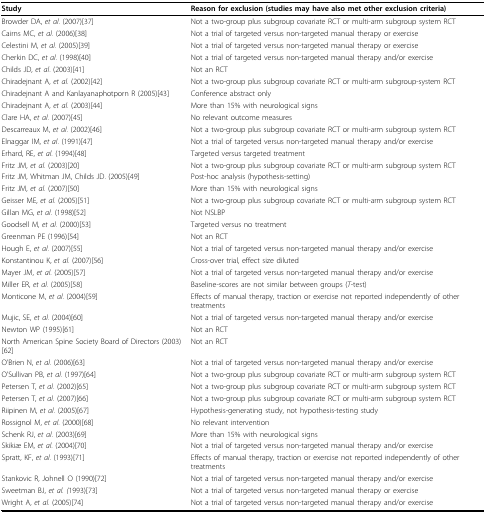
<table><thead><tr><td><b>Study</b></td><td><b>Reason for exclusion (studies may have also met other exclusion criteria)</b></td></tr></thead><tbody><tr><td>Browder DA, <i>et al</i>. (2007)[37]</td><td>Not a two-group plus subgroup covariate RCT or multi-arm subgroup system RCT</td></tr><tr><td>Cairns MC, <i>et al</i>. (2006)[38]</td><td>Not a trial of targeted versus non-targeted manual therapy or exercise</td></tr><tr><td>Celestini M, <i>et al</i>. (2005)[39]</td><td>Not a trial of targeted versus non-targeted manual therapy or exercise</td></tr><tr><td>Cherkin DC, <i>et al</i>. (1998)[40]</td><td>Not a trial of targeted versus non-targeted manual therapy and/or exercise</td></tr><tr><td>Childs JD, <i>et al</i>. (2003)[41]</td><td>Not an RCT</td></tr><tr><td>Chiradejnant A, <i>et al</i>. (2002)[42]</td><td>Not a two-group plus subgroup covariate RCT or multi-arm subgroup-system RCT</td></tr><tr><td>Chiradejnant A and Kanlayanaphotporn R (2005)[43]</td><td>Conference abstract only</td></tr><tr><td>Chiradejnant A, <i>et al</i>. (2003)[44]</td><td>More than 15% with neurological signs</td></tr><tr><td>Clare HA, <i>et al</i>. (2007)[45]</td><td>No relevant outcome measures</td></tr><tr><td>Descarreaux M, <i>et al</i>. (2002)[46]</td><td>Not a two-group plus subgroup covariate RCT or multi-arm subgroup system RCT</td></tr><tr><td>Elnaggar IM, <i>et al</i>. (1991)[47]</td><td>Not a trial of targeted versus non-targeted manual therapy and/or exercise</td></tr><tr><td>Erhard, RE, <i>et al</i>. (1994)[48]</td><td>Targeted versus targeted treatment</td></tr><tr><td>Fritz JM, <i>et al</i>. (2003)[20]</td><td>Not a two-group plus subgroup covariate RCT or multi-arm subgroup system RCT</td></tr><tr><td>Fritz JM, Whitman JM, Childs JD. (2005)[49]</td><td>Post-hoc analysis (hypothesis-setting)</td></tr><tr><td>Fritz JM, <i>et al</i>. (2007)[50]</td><td>More than 15% with neurological signs</td></tr><tr><td>Geisser ME, <i>et al</i>. (2005)[51]</td><td>Not a two-group plus subgroup covariate RCT or multi-arm subgroup system RCT</td></tr><tr><td>Gillan MG, <i>et al</i>. (1998)[52]</td><td>Not NSLBP</td></tr><tr><td>Goodsell M, <i>et al</i>. (2000)[53]</td><td>Targeted versus no treatment</td></tr><tr><td>Greenman PE (1996)[54]</td><td>Not an RCT</td></tr><tr><td>Hough E, <i>et al</i>. (2007)[55]</td><td>Not a trial of targeted versus non-targeted manual therapy and/or exercise</td></tr><tr><td>Konstantinou K, <i>et al</i>. (2007)[56]</td><td>Cross-over trial, effect size diluted</td></tr><tr><td>Mayer JM, <i>et al</i>. (2005)[57]</td><td>Not a trial of targeted versus non-targeted manual therapy and/or exercise</td></tr><tr><td>Miller ER, <i>et al</i>. (2005)[58]</td><td>Baseline-scores are not similar between groups (<i>T</i>-test)</td></tr><tr><td>Monticone M, <i>et al</i>. (2004)[59]</td><td>Effects of manual therapy, traction or exercise not reported independently of other treatments</td></tr><tr><td>Mujic, SE, <i>et al</i>. (2004)[60]</td><td>Not a trial of targeted versus non-targeted manual therapy and/or exercise</td></tr><tr><td>Newton WP (1995)[61]</td><td>Not an RCT</td></tr><tr><td>North American Spine Society Board of Directors (2003)[62]</td><td>Not an RCT</td></tr><tr><td>O&#x27;Brien N, <i>et al</i>. (2006)[63]</td><td>Not a trial of targeted versus non-targeted manual therapy and/or exercise</td></tr><tr><td>O&#x27;Sullivan PB, <i>et al</i>. (1997)[64]</td><td>Not a two-group plus subgroup covariate RCT or multi-arm subgroup system RCT</td></tr><tr><td>Petersen T, <i>et al</i>. (2002)[65]</td><td>Not a two-group plus subgroup covariate RCT or multi-arm subgroup system RCT</td></tr><tr><td>Petersen T, <i>et al</i>. (2007)[66]</td><td>Not a two-group plus subgroup covariate RCT or multi-arm subgroup system RCT</td></tr><tr><td>Riipinen M, <i>et al</i>. (2005)[67]</td><td>Hypothesis-generating study, not hypothesis-testing study</td></tr><tr><td>Rossignol M, <i>et al</i>. (2000)[68]</td><td>No relevant intervention</td></tr><tr><td>Schenk RJ, <i>et al</i>. (2003)[69]</td><td>More than 15% with neurological signs</td></tr><tr><td>Skikiæ EM, <i>et al</i>. (2004)[70]</td><td>Not a trial of targeted versus non-targeted manual therapy and/or exercise</td></tr><tr><td>Spratt, KF, <i>et al</i>. (1993)[71]</td><td>Effects of manual therapy, traction or exercise not reported independently of other treatments</td></tr><tr><td>Stankovic R, Johnell O (1990)[72]</td><td>Not a trial of targeted versus non-targeted manual therapy and/or exercise</td></tr><tr><td>Sweetman BJ, <i>et al. (</i>1993)[73]</td><td>Not a trial of targeted versus non-targeted manual therapy or exercise</td></tr><tr><td>Wright A, <i>et al</i>. (2005)[74]</td><td>Not a trial of targeted versus non-targeted manual therapy and/or exercise</td></tr></tbody></table>